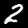
Digit: 2